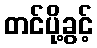
တင်ပို့ခွင့်